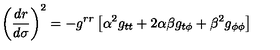
\left( \frac { d r } { d \sigma } \right) ^ { 2 } = - g ^ { r r } \left[ \alpha ^ { 2 } g _ { t t } + 2 \alpha \beta g _ { t \phi } + \beta ^ { 2 } g _ { \phi \phi } \right]